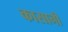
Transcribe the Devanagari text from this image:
कासानी